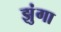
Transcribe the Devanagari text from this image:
झुंगा